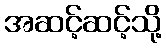
အဆင့်ဆင့်သို့